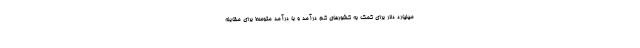
میلیارد دلار برای کمک به کشورهای کم درآمد و با درآمد متوسط برای مقابله